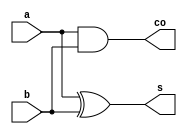
module ha(a, b, s, co);		// half adder
input a, b;
output s, co;
assign s=a^b;		// xor gate
assign co=a&b;		// and gate
endmodule